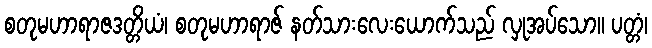
စတုမဟာရာဇဒတ္တိယံ၊ စတုမဟာရာဇ် နတ်သားလေးယောက်သည် လှုအပ်သော။ ပတ္တံ၊